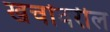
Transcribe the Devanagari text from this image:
खर्चावरील